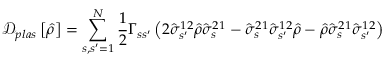
\mathcal { D } _ { p l a s } \left[ \hat { \rho } \right] = \sum _ { s , s ^ { \prime } = 1 } ^ { N } \frac { 1 } { 2 } \Gamma _ { s s ^ { \prime } } \left( 2 \hat { \sigma } _ { s ^ { \prime } } ^ { 1 2 } \hat { \rho } \hat { \sigma } _ { s } ^ { 2 1 } - \hat { \sigma } _ { s } ^ { 2 1 } \hat { \sigma } _ { s ^ { \prime } } ^ { 1 2 } \hat { \rho } - \hat { \rho } \hat { \sigma } _ { s } ^ { 2 1 } \hat { \sigma } _ { s ^ { \prime } } ^ { 1 2 } \right)